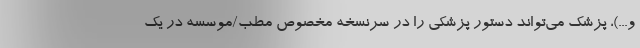
و...)، پزشک می‌تواند دستور پزشکی را در سرنسخه مخصوص مطب/موسسه در یک